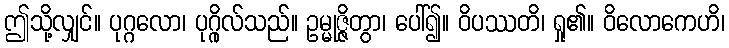
ဤသို့လျှင်။ ပုဂ္ဂလော၊ ပုဂ္ဂိုလ်သည်။ ဥမ္မုဇ္ဇိတွာ၊ ပေါ်၍။ ဝိပဿတိ၊ ရှု၏။ ဝိလောကေဟိ၊